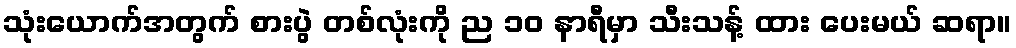
သုံးယောက်အတွက် စားပွဲ တစ်လုံးကို ည ၁၀ နာရီမှာ သီးသန့် ထား ပေးမယ် ဆရာ။